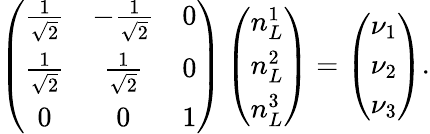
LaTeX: \left(\begin{array}{ccc}{{\frac{1}{\sqrt{2}}}}&{{-\frac{1}{\sqrt{2}}}}&{{0}}\\ {{\frac{1}{\sqrt{2}}}}&{{\frac{1}{\sqrt{2}}}}&{{0}}\\ {{0}}&{{0}}&{{1}}\end{array}\right)\left(\begin{array}{c}{{n_{L}^{1}}}\\ {{n_{L}^{2}}}\\ {{n_{L}^{3}}}\end{array}\right)=\left(\begin{array}{c}{{\nu_{1}}}\\ {{\nu_{2}}}\\ {{\nu_{3}}}\end{array}\right).